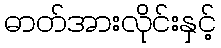
ဓာတ်အားလိုင်းနှင့်